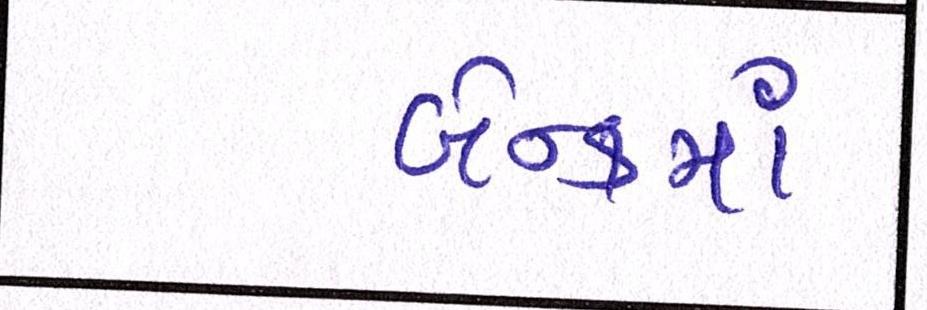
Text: બેન્કમાં